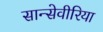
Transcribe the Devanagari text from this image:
सान्सेवीरिया